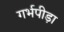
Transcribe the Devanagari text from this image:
गर्भपीड़ा